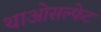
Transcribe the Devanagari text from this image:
थाओसल्फेट